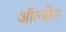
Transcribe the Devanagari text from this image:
ऑल्सेन